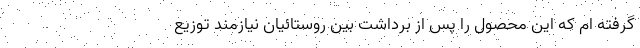
گرفته ام که این محصول را پس از برداشت بین روستائیان نیازمند توزیع